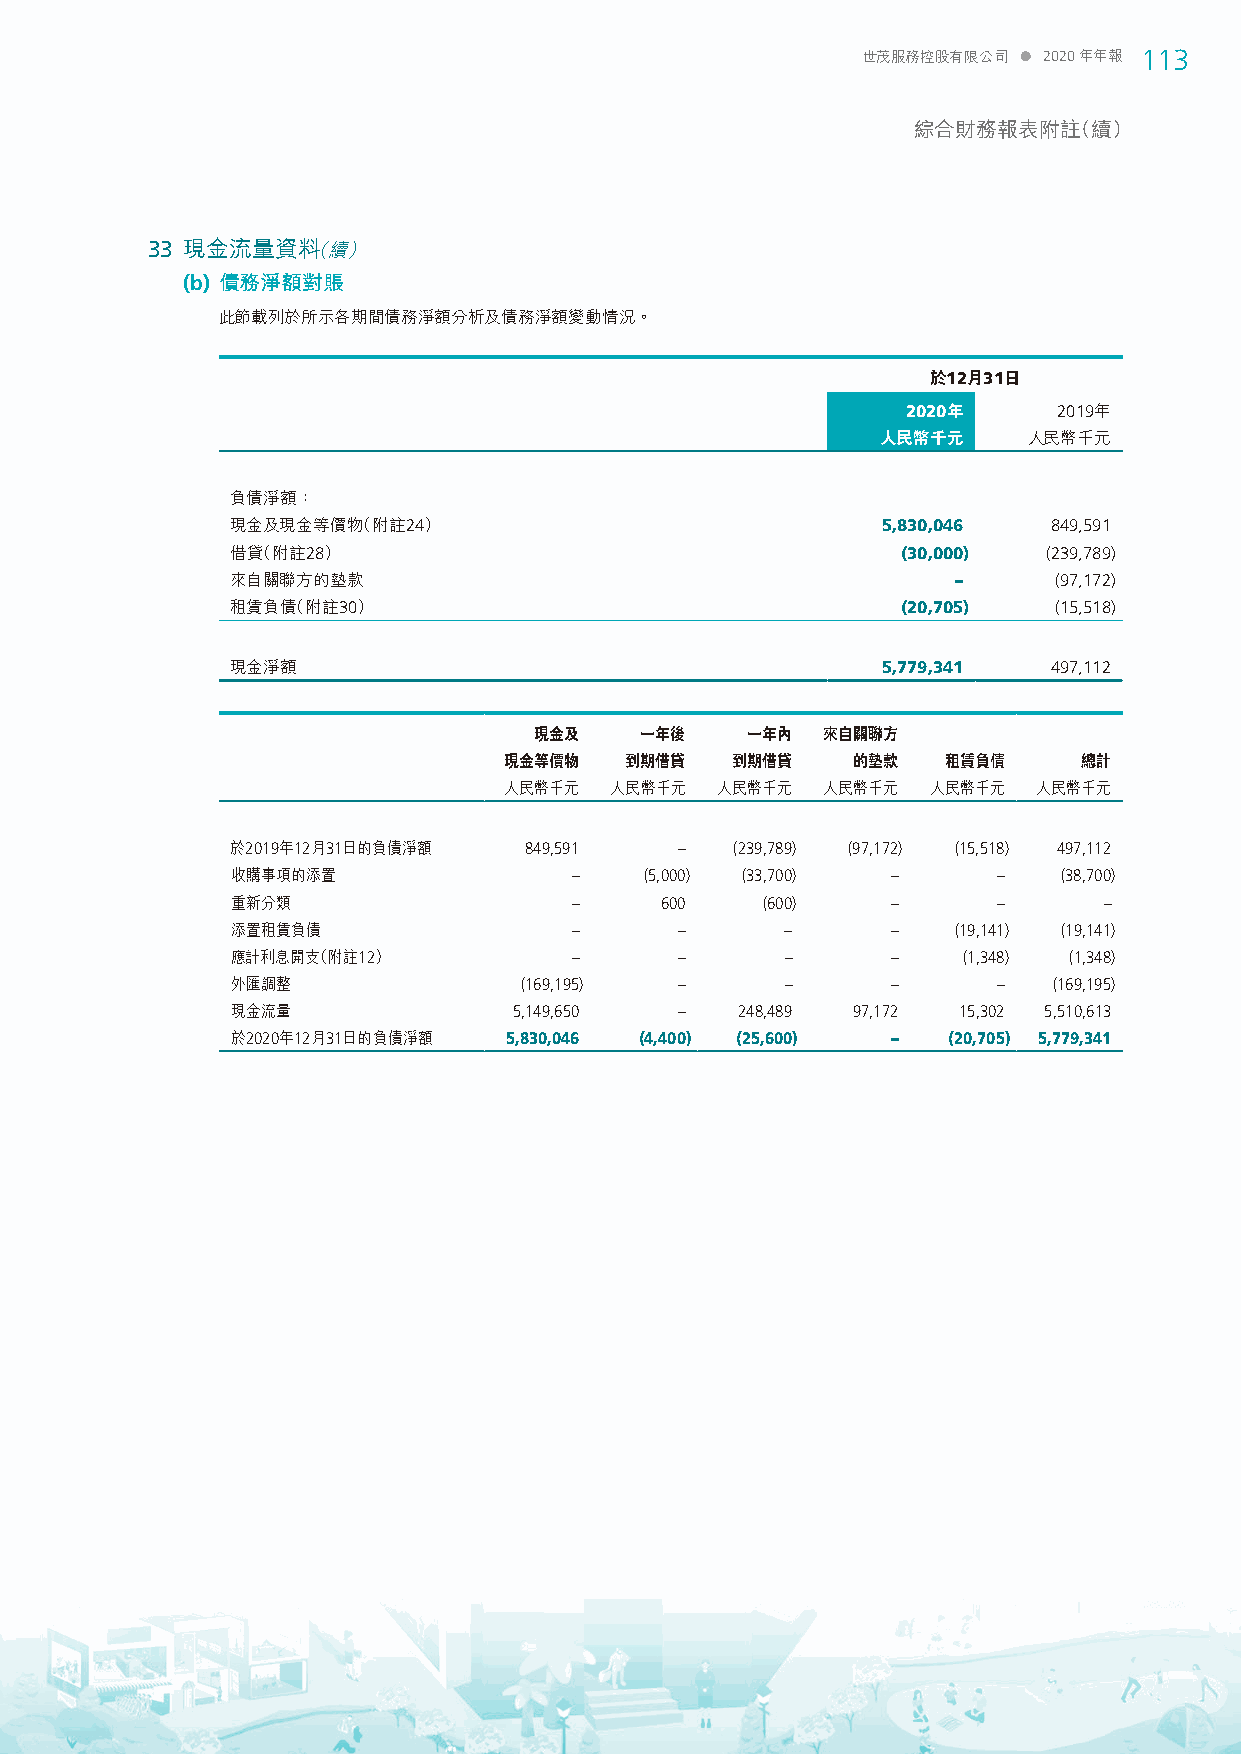
世茂服務控股有限公司  2020年年報 113
 綜合財務報表附註（續）
 33 現金流量資料（續）
 (b) 債務淨額對賬
 此節載列於所示各期間債務淨額分析及債務淨額變動情況。
 於12月31日
 2020年     2019年
 人民幣千元     人民幣千元
 負債淨額：
 現金及現金等價物（附註24）                             5,830,046   849,591
 借貸（附註28）                                     (30,000) (239,789)
 來自關聯方的墊款                                        –      (97,172)
 租賃負債（附註30）                                   (20,705)  (15,518)
 現金淨額                                       5,779,341   497,112
 現金及    一年後    一年內  來自關聯方
 現金等價物   到期借貸   到期借貸    的墊款   租賃負債      總計
 人民幣千元  人民幣千元  人民幣千元  人民幣千元   人民幣千元  人民幣千元
 於2019年12月31日的負債淨額   849,591   –   (239,789) (97,172) (15,518) 497,112
 收購事項的添置                –    (5,000) (33,700) –     –   (38,700)
 重新分類                   –     600   (600)    –      –      –
 添置租賃負債                 –      –      –      –   (19,141) (19,141)
 應計利息開支（附註12）           –      –      –      –    (1,348) (1,348)
 外匯調整               (169,195)  –      –      –      –   (169,195)
 現金流量               5,149,650  –   248,489 97,172 15,302 5,510,613
 於2020年12月31日的負債淨額 5,830,046 (4,400) (25,600) –  (20,705) 5,779,341